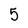
Character: 5